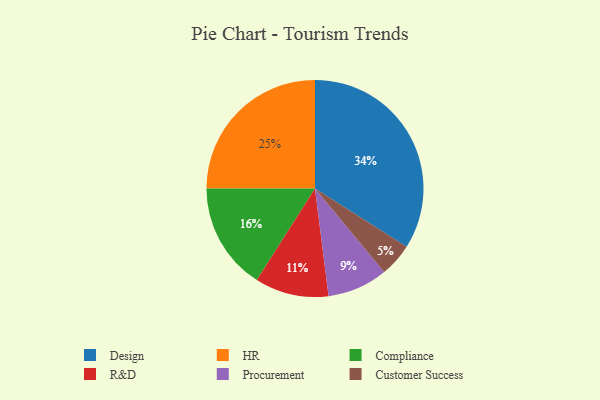
{"axis": {"x": "Category", "y": "Percentage"}, "legend": ["Compliance", "Customer Success", "Design", "HR", "Procurement", "R&D"], "data": [{"x": "Design", "y": 34, "type": "Design"}, {"x": "Compliance", "y": 16, "type": "Compliance"}, {"x": "Procurement", "y": 9, "type": "Procurement"}, {"x": "Customer Success", "y": 5, "type": "Customer Success"}, {"x": "R&D", "y": 11, "type": "R&D"}, {"x": "HR", "y": 25, "type": "HR"}]}